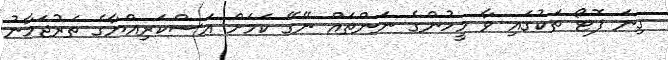
ގިނަ ފޮޓޯ ތަކުގައި ވާ މީހުންގެ ނަންތައް ނޭގޭ ކަމަށް އަސްކަރިއްޔާގެ ތަރުޖަމާނު